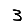
Digit: 3